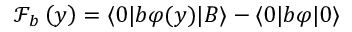
\mathcal { F } _ { b } \left( y \right) = \langle 0 | b \varphi ( y ) | B \rangle - \langle 0 | b \varphi | 0 \rangle